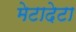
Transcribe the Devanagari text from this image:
मेटादेटा